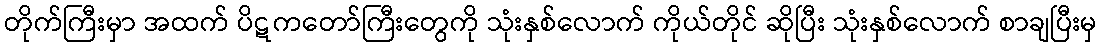
တိုက်ကြီးမှာ အထက် ပိဋကတော်ကြီးတွေကို သုံးနှစ်လောက် ကိုယ်တိုင် ဆိုပြီး သုံးနှစ်လောက် စာချပြီးမှ